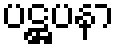
ပဋ္ဌပနာ